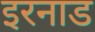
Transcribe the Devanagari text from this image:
इरनाड